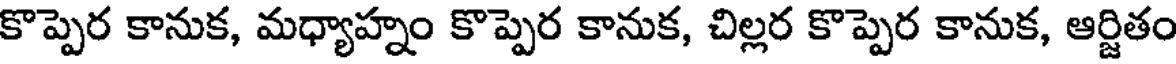
కొప్పెర కానుక, మధ్యాహ్నం కొప్పెర కానుక, చిల్లర కొప్పెర కానుక, ఆర్జితం